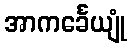
အာကင်္ခေယျုံ